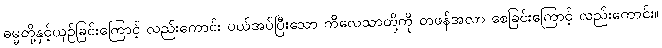
ဓမ္မတို့နှင့်ယှဉ်ခြင်းကြောင့် လည်းကောင်း ပယ်အပ်ပြီးသော ကိလေသာတို့ကို တဖန်အလာ စေခြင်းကြောင့် လည်းကောင်း။